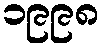
၁၉၉၈